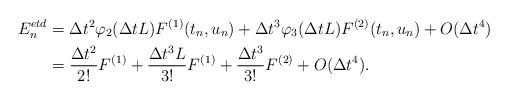
LaTeX: \begin{align*}E_n^{etd} &= \Delta t^2 \varphi_2(\Delta t L)F^{(1)}(t_n,u_n) + \Delta t^3 \varphi_3(\Delta t L)F^{(2)}(t_n,u_n) + O(\Delta t^4) \\ &= \frac{\Delta t^2}{2!}F^{(1)} + \frac{\Delta t^3 L}{3!}F^{(1)} + \frac{\Delta t^3}{3!}F^{(2)} + O(\Delta t^4).\end{align*}